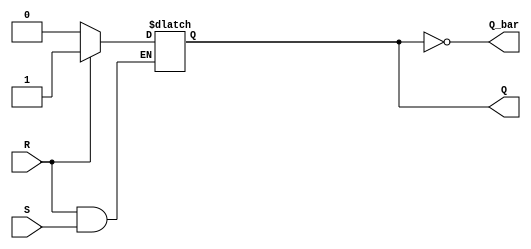
module sr_ff(input S, input R, output reg Q, output reg Q_bar);

always @ (S, R)
begin
   if (S == 0)
     Q <= 1;
   if (R == 0)
     Q <= 0;
   Q_bar = ~Q;
end

endmodule